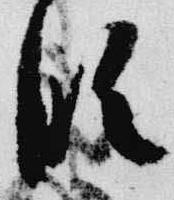
臨